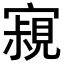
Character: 𡫁